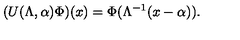
( U ( \Lambda , \alpha ) \Phi ) ( x ) = \Phi ( \Lambda ^ { - 1 } ( x - \alpha ) ) .